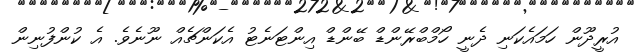
އުރީދޫން ހަމައެކަނި ދެނީ ހޯމްބްރޭންޑް ބޭންޑް އިންޓަނެޓު އެކަންޗެއް ނޫނެވެ. އެ ކުންފުނިން